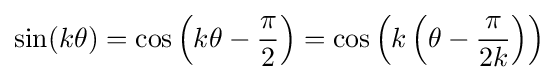
\sin(k\theta )=\cos \left(k\theta -{\frac {\pi }{2}}\right)=\cos \left(k\left(\theta -{\frac {\pi }{2k}}\right)\right)